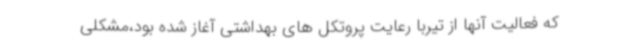
که فعالیت آنها از تیربا رعایت پروتکل های بهداشتی آغاز شده بود،مشکلی